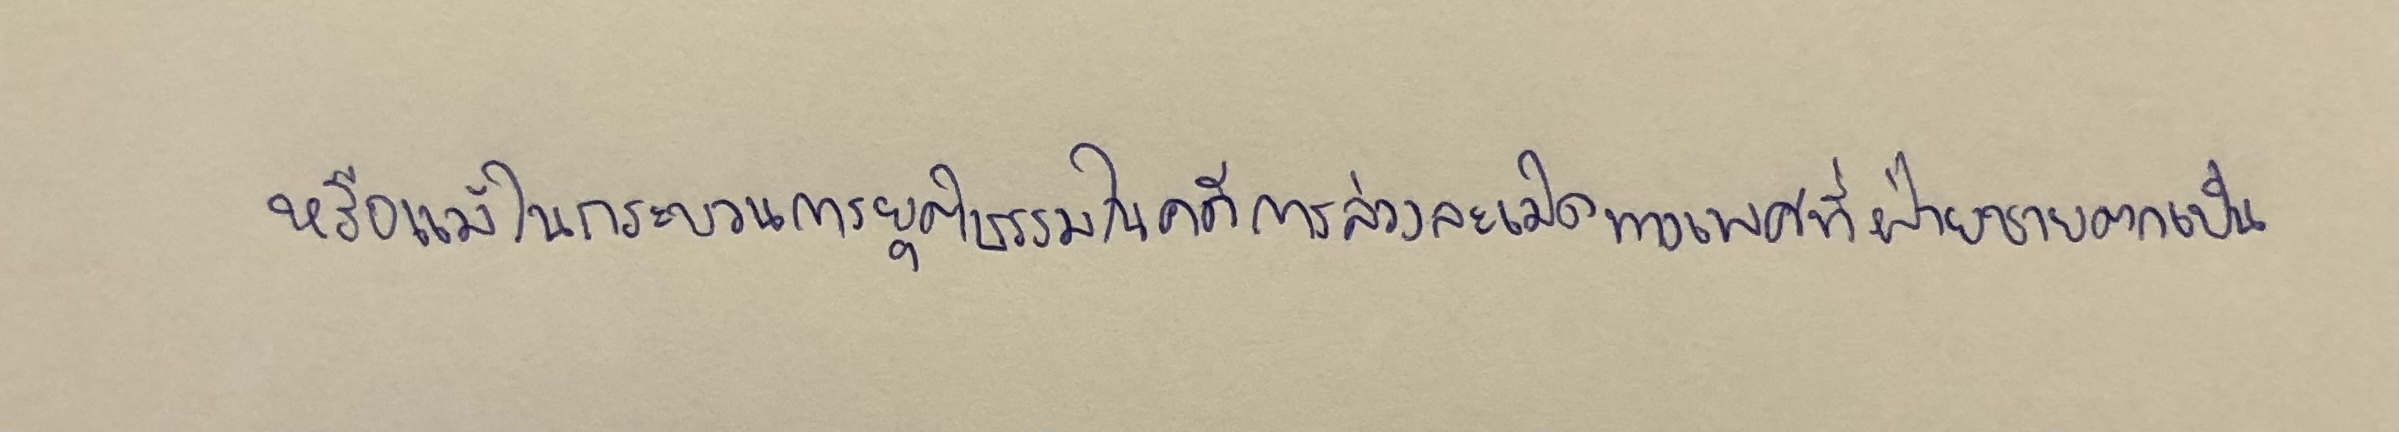
หรือแม้ในกระบวนการยุติธรรมในคดีการล่วงละเมิดทางเพศที่ฝ่ายชายตกเป็น